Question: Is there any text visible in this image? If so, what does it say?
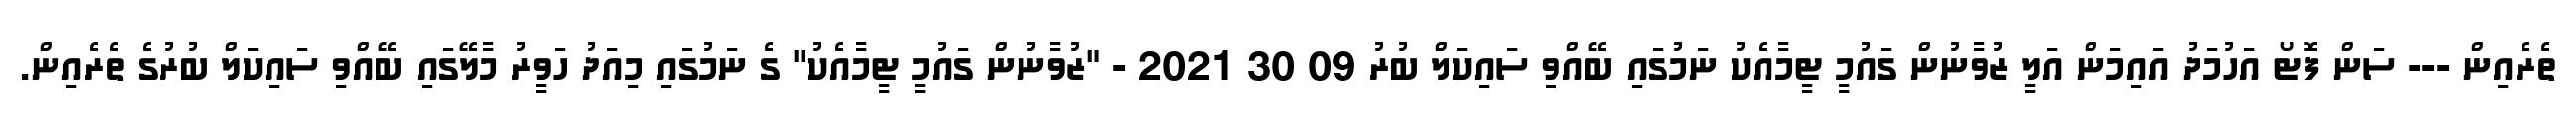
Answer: ތެރެއިން --- ސަން ފޮޓޯ އަހުމަދު އައިމަން އަލީ ޒުވާނުން ގައުމީ ޓީމާއެކު ނަމުގައި ބޭއްވި ސައިކަލް ބުރު 09 30 2021 - "ޒުވާނުން ގައުމީ ޓީމާއެކު" ގެ ނަމުގައި މިއަދު ހަވީރު މާލޭގައި ބޭއްވި ސައިކަލް ބުރުގެ ތެރެއިން.